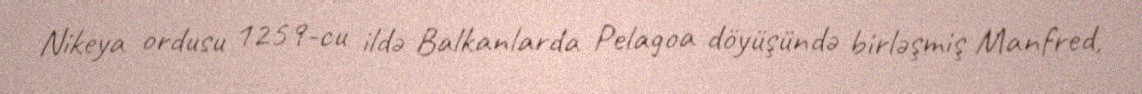
Nikeya ordusu 1259-cu ildə Balkanlarda Pelagoa döyüşündə birləşmiş Manfred,